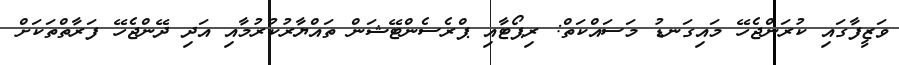
ވަޒީފާގައި ކުރަންޖެހޭ މައިގަނޑު މަސައްކަތް: ރިޕޯޓާއި ޕްރެސެންޓޭޝަން ތައްޔާރުުކުރުމާއި އަދި ދޭންޖެހޭ ފަރާތްތަކަށް